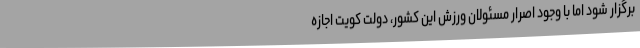
برگزار شود اما با وجود اصرار مسئولان ورزش این کشور، دولت کویت اجازه